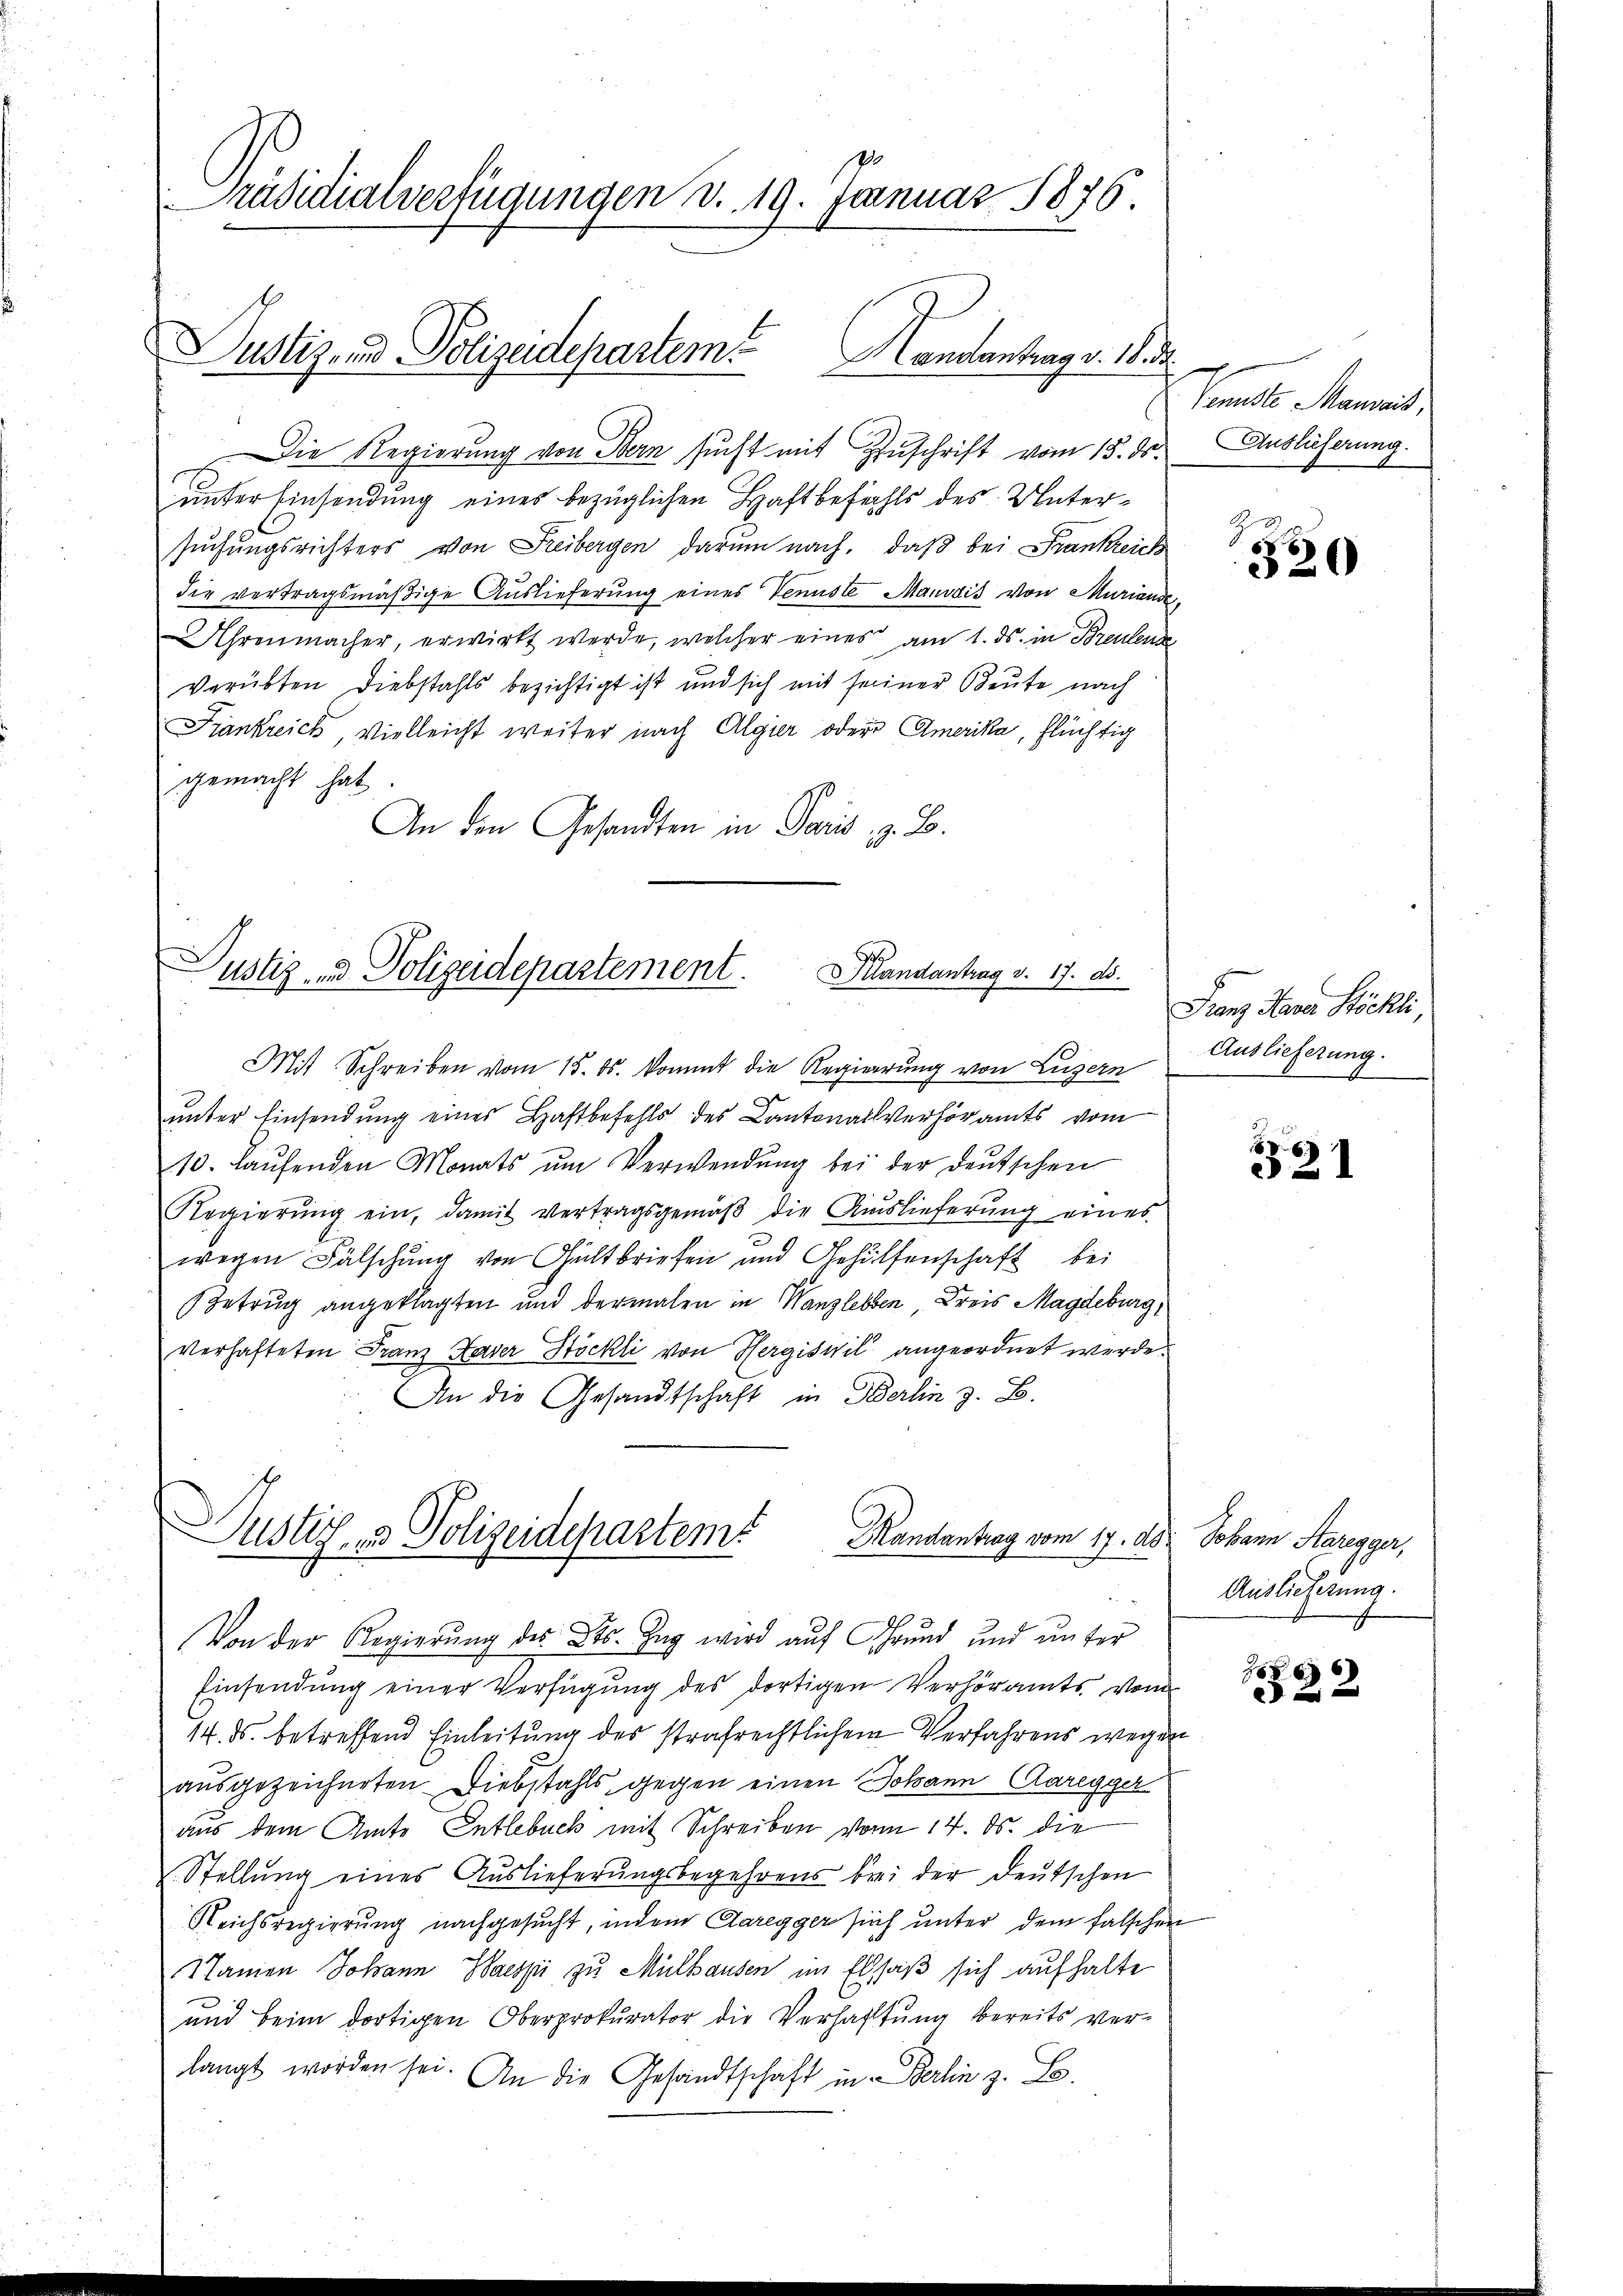
Präsidialverfügungen d. 19. Januar 1876

Justizend Polizeidepartem

Die Regierung von Bern sucht mit Zuschrift vom 13. ds. Auslieferung.
unter Einsendung eines bezüglichen Haftbefehls des Untersuchungsrichters von Freibergen darum nach, daß bei Frankreich
die vertragsmäßige Auslieferung eines Vennste Maudis von Muriande,
Uhrenmacher, erwirkt werde, welcher eines am 1. ds. in Breuen
verübten Diebstahls bezichtigt ist und sich mit seiner Beute nach
Frankreich, vielleicht weiter nach Algier oder Amerika, flüchtig
gemacht hat
An den Gesandten in Paris, z. B.

S
Justiz- & Polizeidepartement. Mandantrag v. 17. ds.

Mit Schreiben vom 15. ds. kommt die Regierung von Luzern
unter Einsendung eines Haftbefehls des Cantonallverhöramts vom
10. Laŭfenden Monats ŭm Verwendŭng bei der deutschen
Regierung ein, damit vertragsgemäß die Auslieferung eines
wegen Fälschung von Theiltbriefen und Gehülfenschaft bei
Betrug angeklagten und dermalen in Wanzlebben Kreis Magdeburg,
verhafteten Franz Kaser Stöckli von Hergiswil angeordnet werde.
An die Gesandtschaft in Berlin z. B.

Justiz- & Polizeidepartem
Mandantrag vom 17. ds.
Von der Regierung des Kts. Zug wird auf Grund und unter

Handantrag v. 18. d.

Einsendung einer Verfügung des dortigen Verhöramts vom
14. ds. betreffend Einleitung des strafrechtlichem Verfahrens wegen
ausgezeichneten Diebstahls gegen einen Johann Aaregger
aus dem Amts Entlebuch mit Schreiben vom 14. ds. die
Stellung eines Auslieferungsbegehrens bei der deutschen
Reichsregierung nachgesucht, indem Aaregger sich unter dem falschen
Sanen Johann Waezzi zu Mülhausen im Elsaß sich aufhalte
ŭnd beim dortigen Oberprokurator die Verhaftŭng bereits ver-
langt worden sei. An die Gesandtschaft in Berlin z. L.

Temeste Mannes,

2
320

Franz Haver Stöckli
Auslieferung.

1
21

Johann Staregger,
Auslieferung.

22